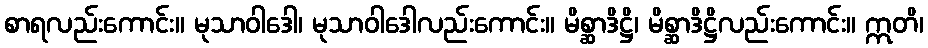
စာရလည်းကောင်း။ မုသာဝါဒေါ၊ မုသာဝါဒေါလည်းကောင်း။ မိစ္ဆာဒိဋ္ဌိ၊ မိစ္ဆာဒိဋ္ဌိလည်းကောင်း။ ဣတိ၊